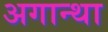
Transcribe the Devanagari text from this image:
अगान्था